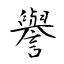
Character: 譽